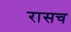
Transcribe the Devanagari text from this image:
रासच